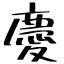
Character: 慶